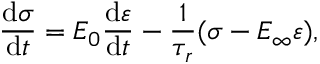
\frac { \mathrm { d } \sigma } { \mathrm { d } t } = E _ { 0 } \frac { \mathrm { d } \varepsilon } { \mathrm { d } t } - \frac { 1 } { \tau _ { r } } ( \sigma - E _ { \infty } \varepsilon ) ,